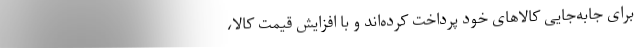
برای جابه‌جایی کالاهای خود پرداخت کرده‌اند و با افزایش قیمت کالا،